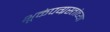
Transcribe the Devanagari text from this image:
भूकंपग्रस्तांच्या